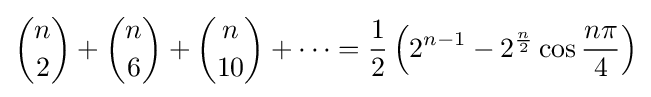
{\binom {n}{2}}+{\binom {n}{6}}+{\binom {n}{10}}+\cdots ={\frac {1}{2}}\left(2^{n-1}-2^{\frac {n}{2}}\cos {\frac {n\pi }{4}}\right)